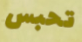
تحبس